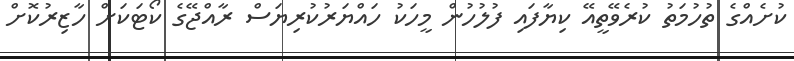
ކުށެއްގެ ތުހުމަތު ކުރެވޭތީއޭ ކިޔާފައި ފުލުހުން މީހަކު ހައްޔަރުކުރިޔަސް ރާއްޖޭގެ ކޯޓަކަށް ހާޒިރުކޮށް